Vaccination United Provinces of Agra and Oudh 1914-1922 - 1914-1922
Year: 1914
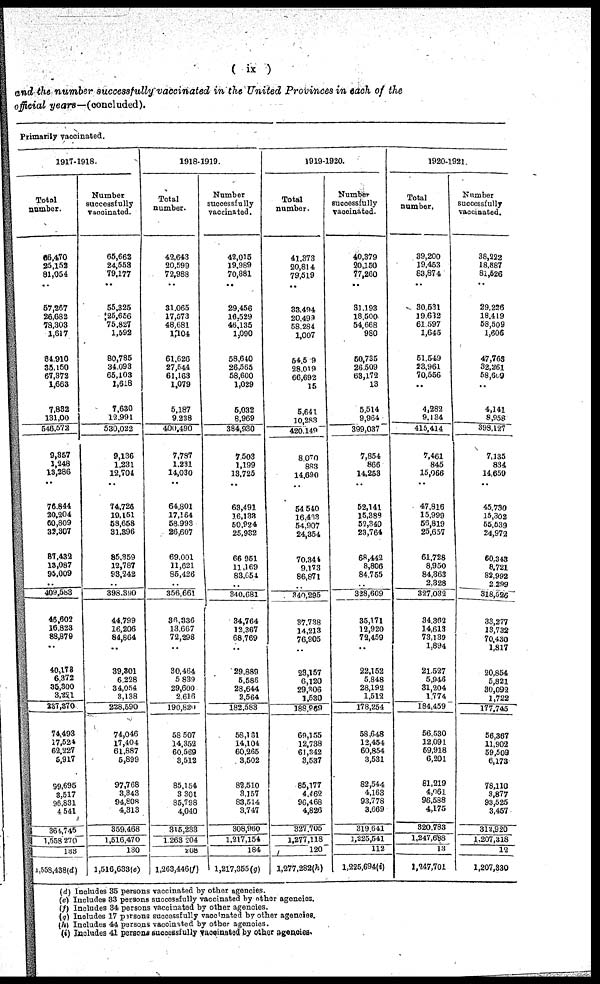
( ix )
and the number successfully vaccinated in the United Provinces in each of the
official years—(concluded).
Primarily vaccinated.
1917-1918.
Total
number.
66,470
25,152
81,054
..
57,267
26,682
78,303
1,617
84,910
35,150
67,372
1,663
7,832
131,00
546,572
9,357
1,248
13,286
..
76,844
20,204
60,809
32,307
87,432
13,087
95,009
..
409,583
46,602
16,828
88,879
..
40,173
6,372
35,300
3,221
237,870
74,493
17,524
62,227
5,917
99,695
3,517
96,831
4,541
364,745
1,558,270
133
1,558,438(d)
Number
successfully
vaccinated.
65,662
24,558
79,177
..
55,325
25,656
75,827
1,592
80,785
34,093
65,103
1,618
7,630
12,991
530,022
9,136
1,231
12,704
..
74,726
19,151
58,658
31,896
85,359
12,787
93,242
..
398,390
44,799
16,206
84,864
..
39,301
6,228
34,054
3,138
228,590
74,046
17,404
61,887
5,899
97,768
3,343
94,808
4,313
359,468
1,516,470
130
1,516,633(e)
1918-1919.
Total
number.
42,643
20,599
72,988
..
31,065
17,573
48,681
1,104
61,626
27,544
61,163
1,079
5,187
9,238
400,490
7,787
1,231
14,030
..
64,801
17,164
58,993
26,607
69,001
11,621
85,426
..
356,661
36,336
13,667
72,298
..
30,464
5,839
29,600
2,616
190,820
58,507
14,352
60,569
3,512
85,154
3,301
85,798
4,040
316,233
1,263,204
208
1,263,446(f)
Number
successfully
vaccinated.
42,016
19,989
70,881
..
29,456
16,529
46,135
1,090
58,640
26,563
58,600
1,029
5,032
8,969
384,930
7,503
1,199
13,725
..
63,491
16,133
50,924
25,932
66,951
11,169
83,654
..
340,681
34,764
12,367
68,769
..
29,889
5,586
28,644
2,564
182,583
58,181
14,104
60,265
3,502
82,510
3,157
83,514
3,747
308,980
1,217,154
184
1,217,355(g)
1919-1920.
Total
number.
41,373
20,814
79,519
..
33,494
20,499
58,284
1,007
54,509
28,019
66,692
15
5,641
10,283
420,140
8,070
883
14,690
..
54,540
16,463
54,907
24,354
70,344
9,173
86,871
..
340,295
37,738
14,213
76,905
..
23,157
6,120
29,306
1,530
188,969
69,155
12,738
61,342
3,537
85,177
4,462
96,468
4,826
327,705
1,277,118
120
1,277,282(h)
Number
successfully
vaccinated.
40,379
20,150
77,260
..
31,193
18,500
54,668
980
50,735
26,509
63,172
13
5,514
9,964
399,037
7,854
866
14,253
..
52,141
15,388
52,340
23,764
68,442
8,806
84,755
..
328,609
35,171
12,920
72,459
..
22,152
5,848
28,192
1,512
178,254
58,648
12,454
60,854
3,531
82,544
4,163
93,778
3,669
319,641
1,225,541
112
l,225,694(i)
1920-1921.
Total
number.
39,200
19,453
83,874
..
30,531
19,632
61,597
1,645
51,549
23,961
70,556
..
4,282
9,134
415,414
7,461
845
15,066
..
47,816
15,999
56,819
25,657
61,728
8,950
84,363
2,328
327,032
34,362
14,613
73,139
1,894
21,527
5,946
31,204
1,774
184,459
56,530
12,091
59,918
6,201
81,219
4,061
96,588
4,175
320,783
1,247,688
13
1,247,701
Number
successfully
vaccinated.
38,222
18,887
81,526
..
29,226
18,419
58,509
1,606
47,763
32,261
58,609
..
4,141
8,958
398,127
7,135
834
14,659
..
45,730
15,302
55,539
24,972
60,343
8,721
82,992
2,299
318,526
33,277
13,732
70,430
1,817
20,854
5,821
30,092
1,722
177,745
56,367
11,902
59,509
6,173
78,110
3,877
93,525
3,457
312,920
1,207,318
12
1,207,830
(d) Includes 35 persons vaccinated by other agencies.
(e) Includes 33 persons successfully vaccinated by other agencies.
(f) Includes 34 persons vaccinated by other agencies.
(g) Includes 17 persons successfully vaccinated by other agencies.
(h) Includes 44 persons vaccinated by other agencies.
(i) Includes 41 persons successfully vaccinated by other agencies.